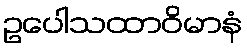
ဥပေါသထာဝိမာနံ